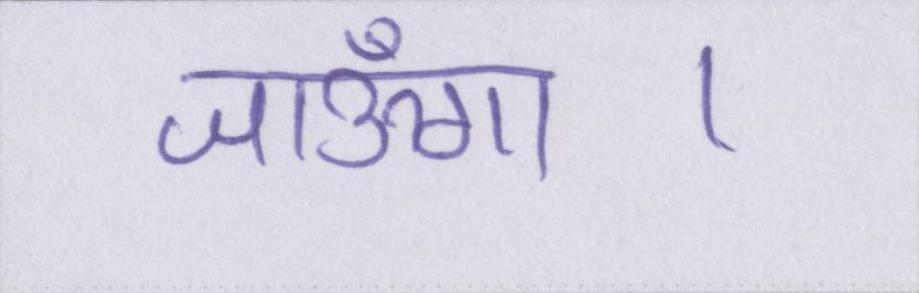
जाऊँगा।